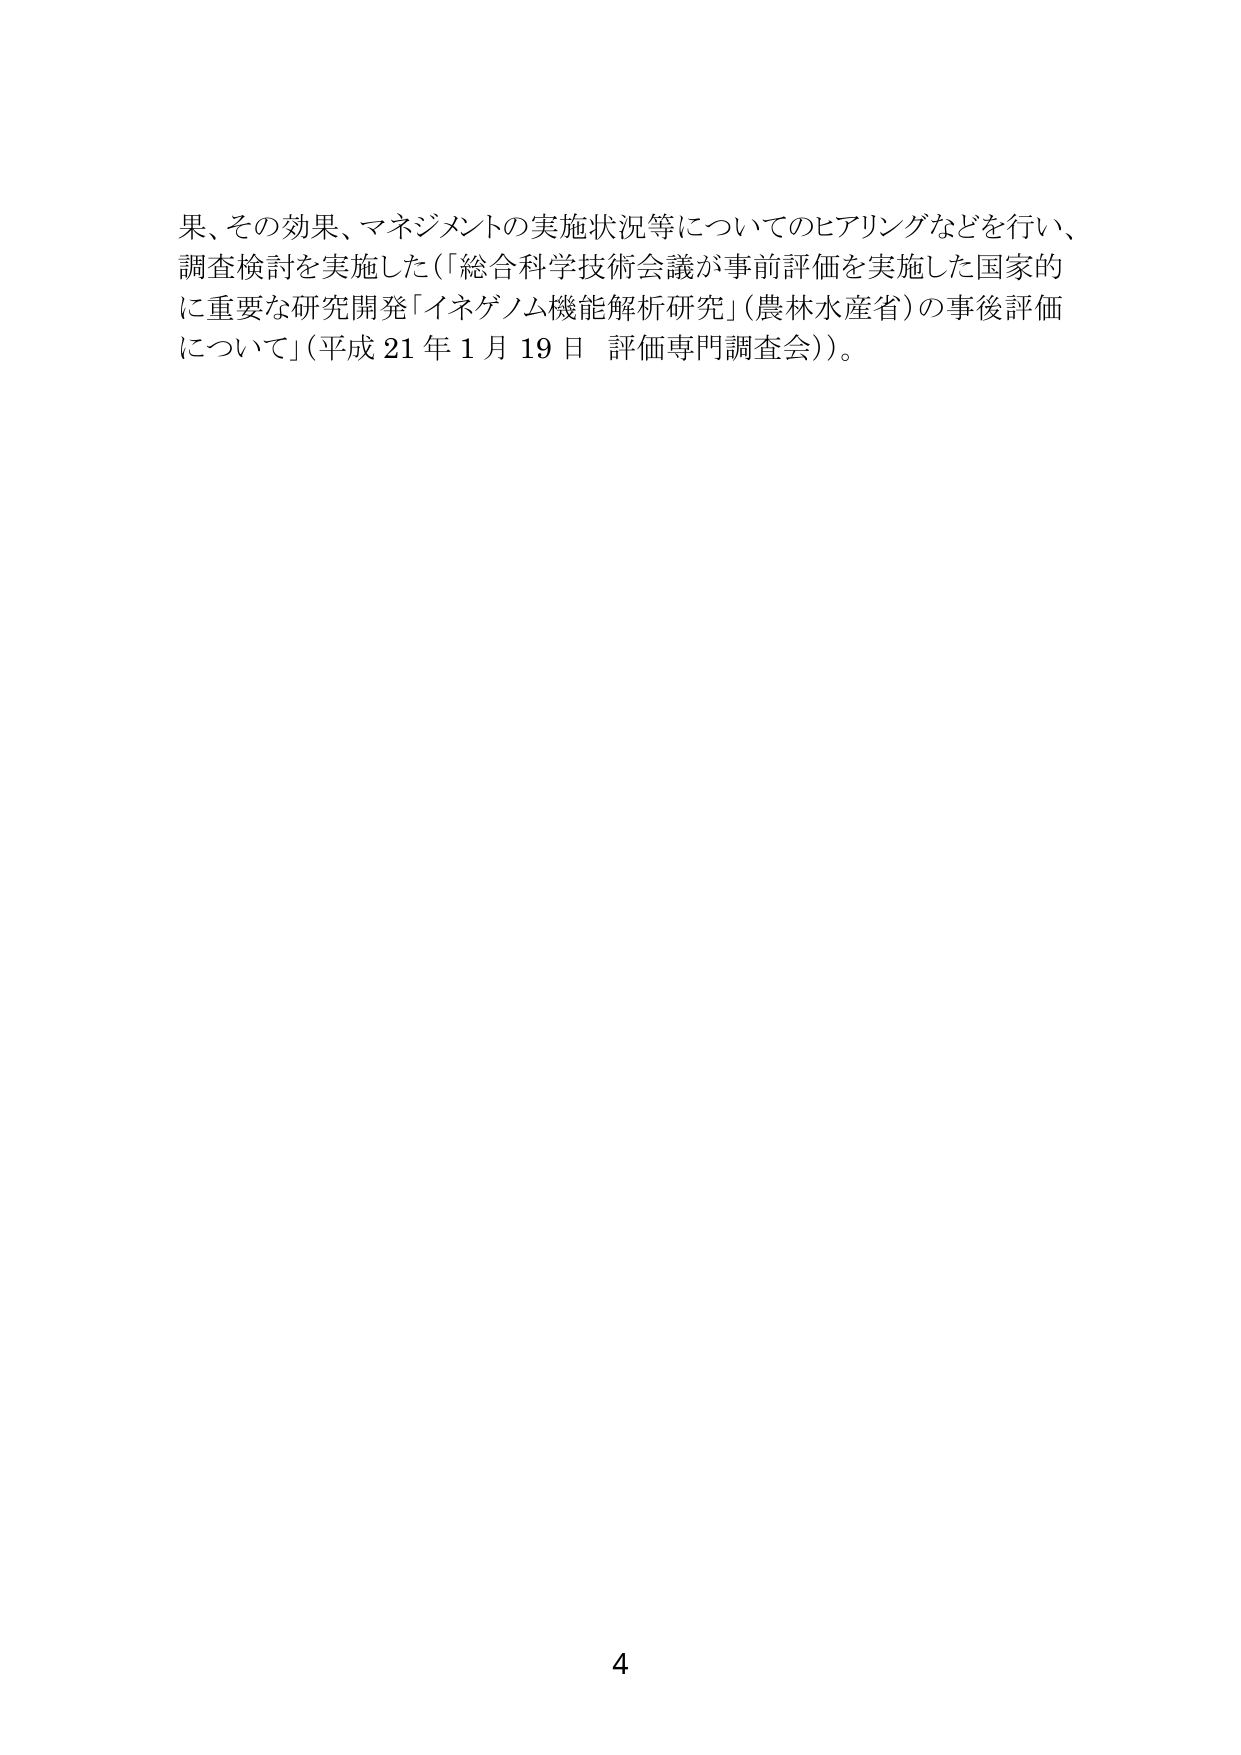
果、その効果、マネジメントの実施状況等についてのヒアリングなどを行い、
調査検討を実施した（「総合科学技術会議が事前評価を実施した国家的
に重要な研究開発「イネゲノム機能解析研究」（農林水産省）の事後評価
について」（平成21年1月19日 評価専門調査会））。

4